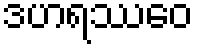
ဒဟရဿေဝ